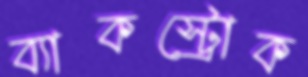
ব্যাকস্ট্রোক